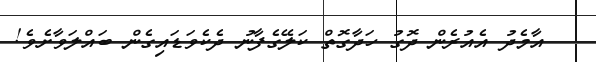
އާމެދު އެއުރެން ދޮގު ހަދާގޮތް ކަލޭގެފާނު ދެކެވަޑައިގެން ބައްލަވާށެވެ!